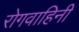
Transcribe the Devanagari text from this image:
रोगवाहिनी